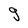
Character: g